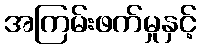
အကြမ်းဖက်မှုနှင့်